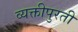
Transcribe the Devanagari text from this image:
व्यक्तीपुरती